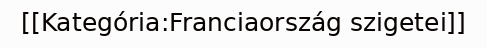
[[Kategória:Franciaország szigetei]]